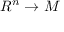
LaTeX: R ^ { n } \to M